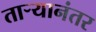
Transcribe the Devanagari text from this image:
ताऱ्यानंतर